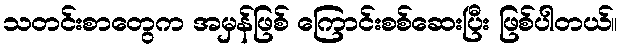
သတင်းစာတွေက အမှန်ဖြစ် ကြောင်းစစ်ဆေးပြီး ဖြစ်ပါတယ်။